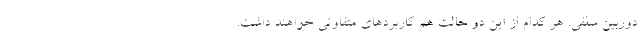
دوربین سلفی. هر کدام از این دو حالت هم کاربردهای متفاوتی خواهند داشت.